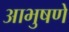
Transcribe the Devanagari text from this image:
आभुषणे